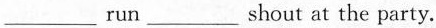
\underline run \underline shout at the party.